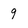
Character: 9